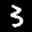
Label: 3